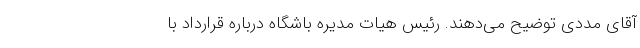
آقای مددی توضیح می‌دهند. رئیس هیات مدیره باشگاه درباره قرارداد با